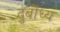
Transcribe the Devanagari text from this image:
दुबोंध्य